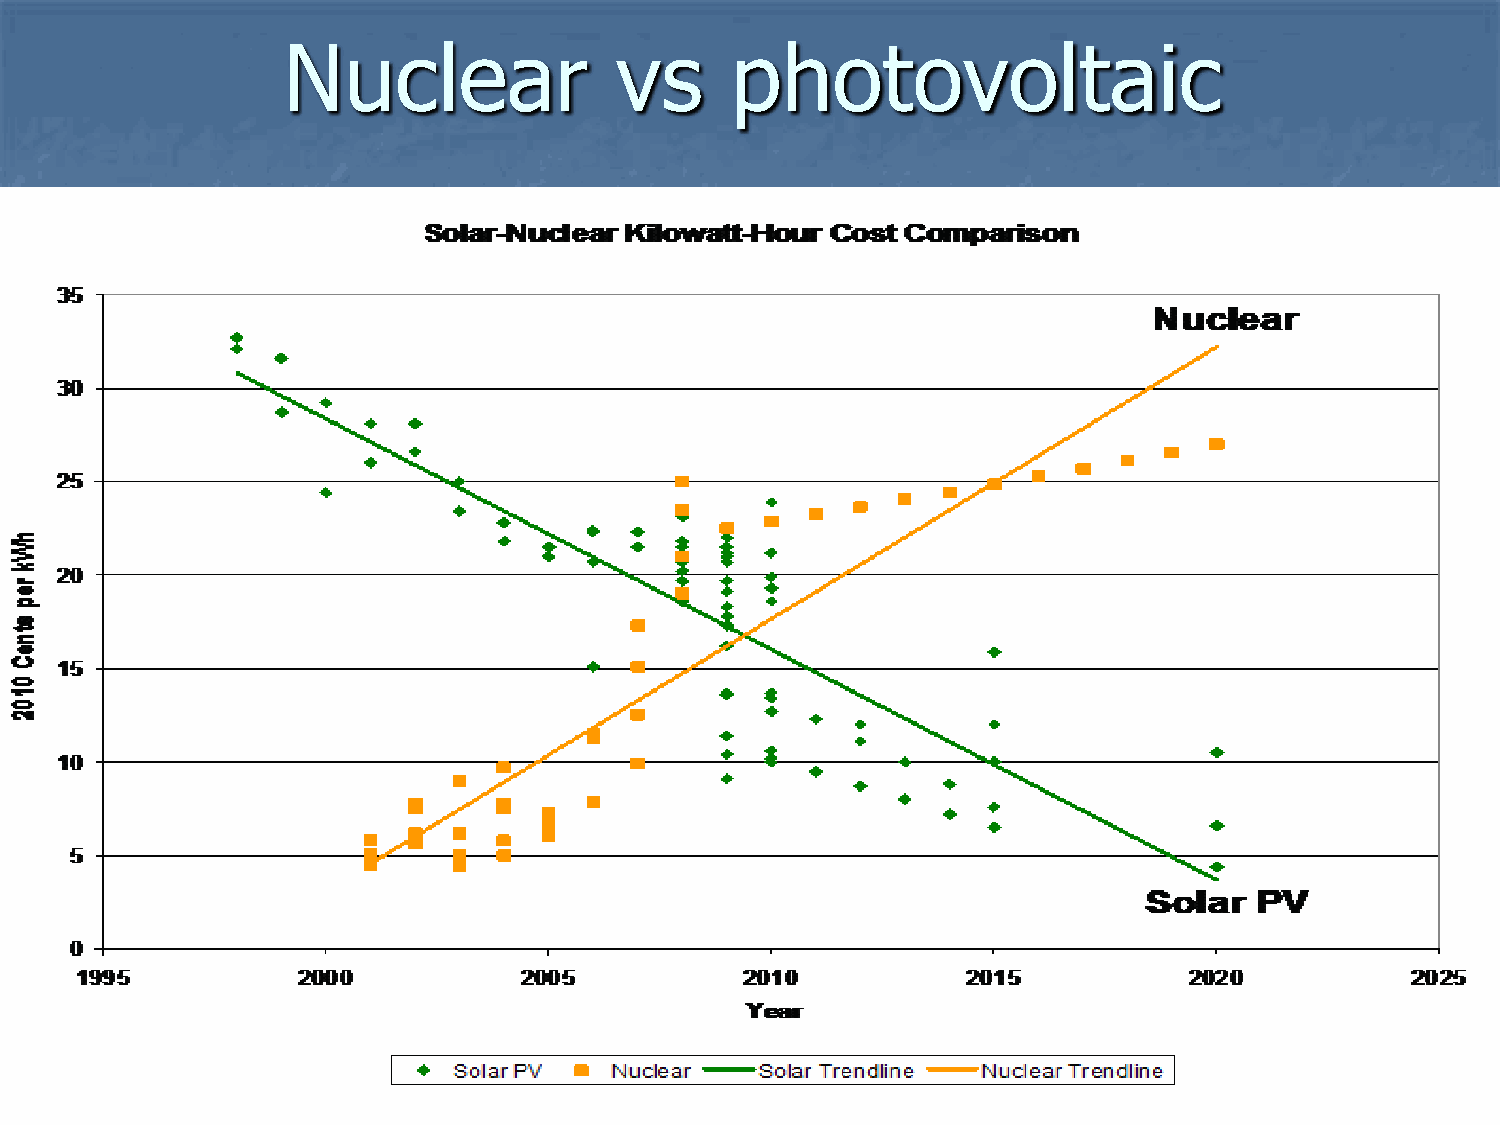
Nuclear               vs     photovoltaic